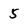
Character: 5